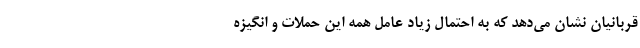
قربانیان نشان می‌دهد که به احتمال زیاد عامل همه این حملات و انگیزه